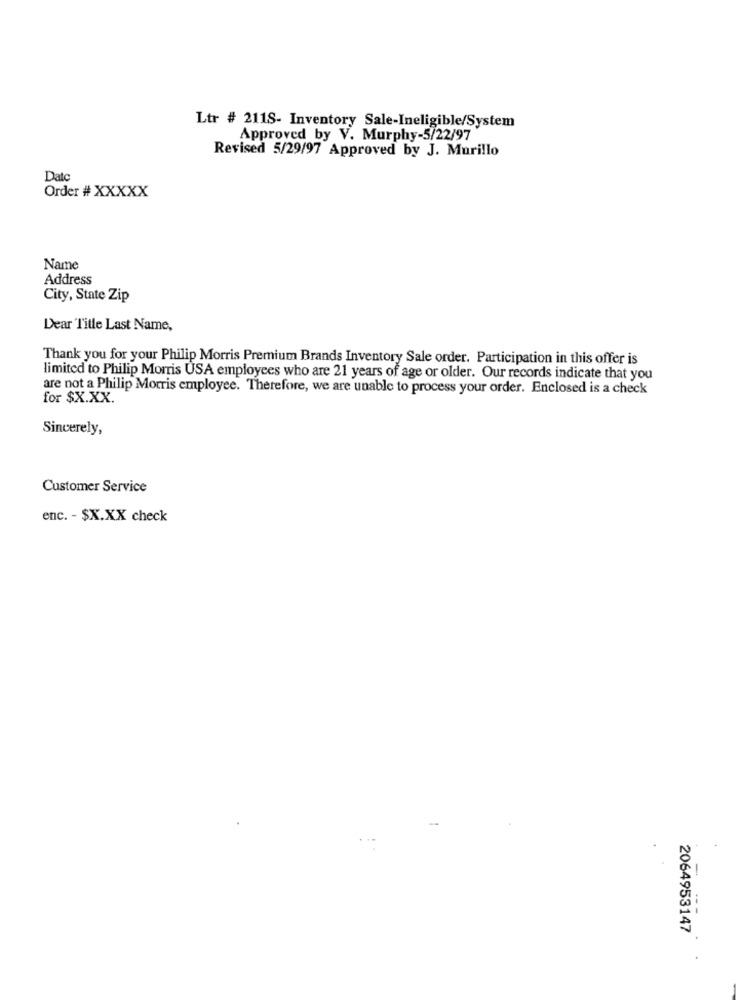
Ltr # 2118- Inventory Sale-Ineligible/System
Approved by V. Murphy-5/22/97
Revised 5/29/97 Approved by J. Murillo
Date
Order # XXXXX
Name
Address
City, State Zip
Dear Title Last Name,
Thank you for your Philip Morris Premium Brands Inventory Sale order. Participation in this offer is
limited to Philip Morris USA employees who are 21 years of age or older. Our records indicate that you
are not a Philip Morris employee. Therefore, we are unable to process your order. Enclosed is a check
for $X.XX.
Sincerely,
Customer Service
enc. - $X.XX check
-
2064953147
.
.